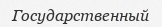
Государственный